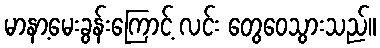
မာနာ့မေးခွန်းကြောင့် လင်း တွေဝေသွားသည်။